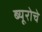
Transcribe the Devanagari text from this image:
ब्यूरोचे